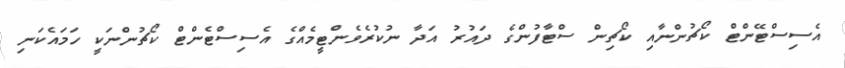
އެސިސްޓޭންޓް ކޯޗުންނާއި ކޯޗިން ސްޓާފުންގެ ދައުރު އަދާ ނުކުރެވެންޓީމެއްގެ އެސިސްޓެންޓް ކޯޗުންނަކީ ހަމައެކަނި